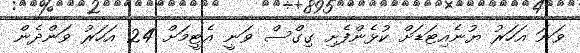
ވަނަ އަހަރު ޔުނެއިޓަޑަށް ކުޅެންފެށި ގިގްސް ވަނީ އެޓީމަށް 24 އަހަރު ވަންދެން